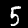
Label: 5